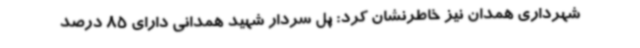
شهرداری همدان نیز خاطرنشان کرد: پل سردار شهید همدانی دارای 85 درصد